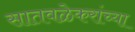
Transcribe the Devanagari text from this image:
सातवळेकरांच्या